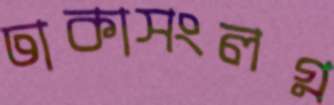
ঢাকাসংলগ্ন